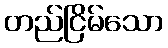
တည်ငြိမ်သော